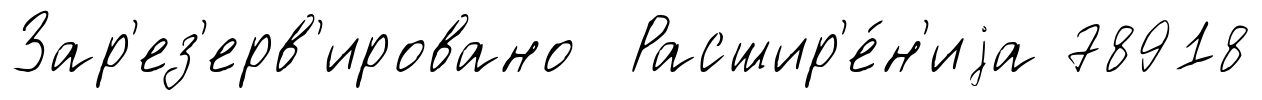
Зар'ез'ерв'ировано Расшир'е́н'иjа 78918